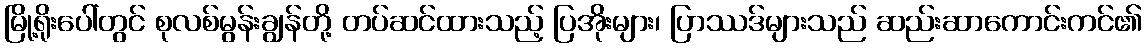
မြို့ရိုးပေါ်တွင် စုလစ်မွန်းချွန်တို့ တပ်ဆင်ထားသည့် ပြအိုးများ၊ ပြာဿဒ်များသည် ဆည်းဆာကောင်းကင်၏